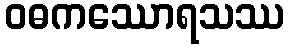
ဝဓကဿောရသဿ